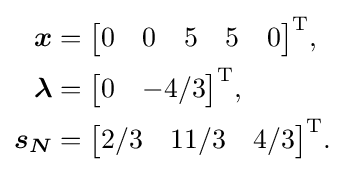
{\begin{aligned}{\boldsymbol {x}}&={\begin{bmatrix}0&0&5&5&0\end{bmatrix}}^{\mathrm {T} },\\{\boldsymbol {\lambda }}&={\begin{bmatrix}0&-4/3\end{bmatrix}}^{\mathrm {T} },\\{\boldsymbol {s_{N}}}&={\begin{bmatrix}2/3&11/3&4/3\end{bmatrix}}^{\mathrm {T} }.\end{aligned}}